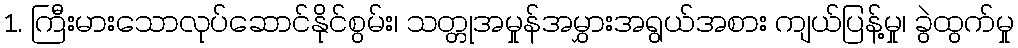
1. ကြီးမားသောလုပ်ဆောင်နိုင်စွမ်း၊ သတ္တုအမှုန်အမွှားအရွယ်အစား ကျယ်ပြန့်မှု၊ ခွဲထွက်မှု